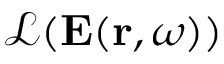
\mathcal { L } ( \mathbf { E } ( \mathbf { r } , \omega ) )